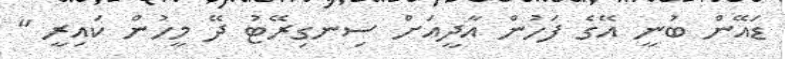
ޑައޭން ބުނީ އޭގެ ފަހުން އާދީއަށް ސިނގިރޭޓު ދޭ މީހުން ކައިރީ "